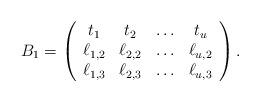
LaTeX: \begin{align*}B_1=\left(\begin{array}{cccc}t_1&t_2&\ldots&t_u\\\ell_{1,2}&\ell_{2,2}&\ldots&\ell_{u,2}\\\ell_{1,3}&\ell_{2,3}&\ldots&\ell_{u,3}\end{array}\right).\end{align*}